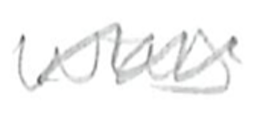
Text: was
Cross-out: wave
Writing tool: pencil